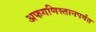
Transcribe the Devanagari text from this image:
अफगणिस्तानपर्यंत